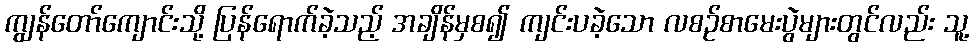
ကျွန်တော်ကျောင်းသို့ ပြန်ရောက်ခဲ့သည့် အချိန်မှစ၍ ကျင်းပခဲ့သော လစဉ်စာမေးပွဲများတွင်လည်း သူ့